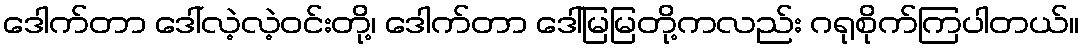
ဒေါက်တာ ဒေါ်လဲ့လဲ့ဝင်းတို့၊ ဒေါက်တာ ဒေါ်မြမြတို့ကလည်း ဂရုစိုက်ကြပါတယ်။